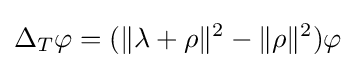
\Delta _{T}\varphi =(\|\lambda +\rho \|^{2}-\|\rho \|^{2})\varphi